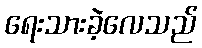
ရေးသားခဲ့လေသည်